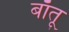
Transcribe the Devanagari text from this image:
बाँतू